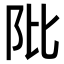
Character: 阰